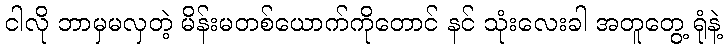
ငါလို ဘာမှမလှတဲ့ မိန်းမတစ်ယောက်ကိုတောင် နင် သုံးလေးခါ အတူတွေ့ ရုံနဲ့